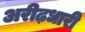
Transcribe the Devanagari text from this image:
अरीढ़धारी